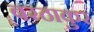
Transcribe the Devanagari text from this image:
बरठाकुर